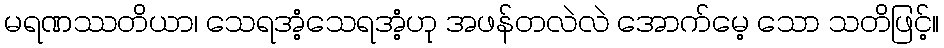
မရဏဿတိယာ၊ သေရအံ့သေရအံ့ဟု အဖန်တလဲလဲ အောက်မေ့ သော သတိဖြင့်။